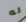
له